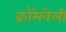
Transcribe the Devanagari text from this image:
क्रॉमवेली